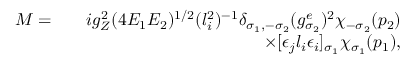
\begin{array} { r l r } { { \cal M } = } & { } & { i g _ { Z } ^ { 2 } ( 4 E _ { 1 } E _ { 2 } ) ^ { 1 / 2 } ( l _ { i } ^ { 2 } ) ^ { - 1 } \delta _ { \sigma _ { 1 } , - \sigma _ { 2 } } ( g _ { \sigma _ { 2 } } ^ { e } ) ^ { 2 } \chi _ { - \sigma _ { 2 } } ( p _ { 2 } ) } \\ & { } & { \times [ \epsilon _ { j } l _ { i } \epsilon _ { i } ] _ { \sigma _ { 1 } } \chi _ { \sigma _ { 1 } } ( p _ { 1 } ) , } \end{array}